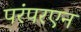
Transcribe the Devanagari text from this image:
परंपरएन